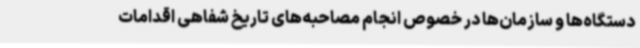
دستگاه‌ها و سازمان‌ها در خصوص انجام مصاحبه‌های تاریخ شفاهی اقدامات